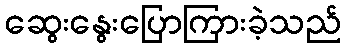
ဆွေးနွေးပြောကြားခဲ့သည်